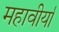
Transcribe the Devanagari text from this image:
महावीर्या